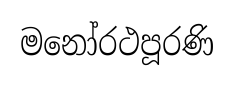
මනෝරථපූරණි